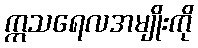
ဣသရေလအမျိုးကို